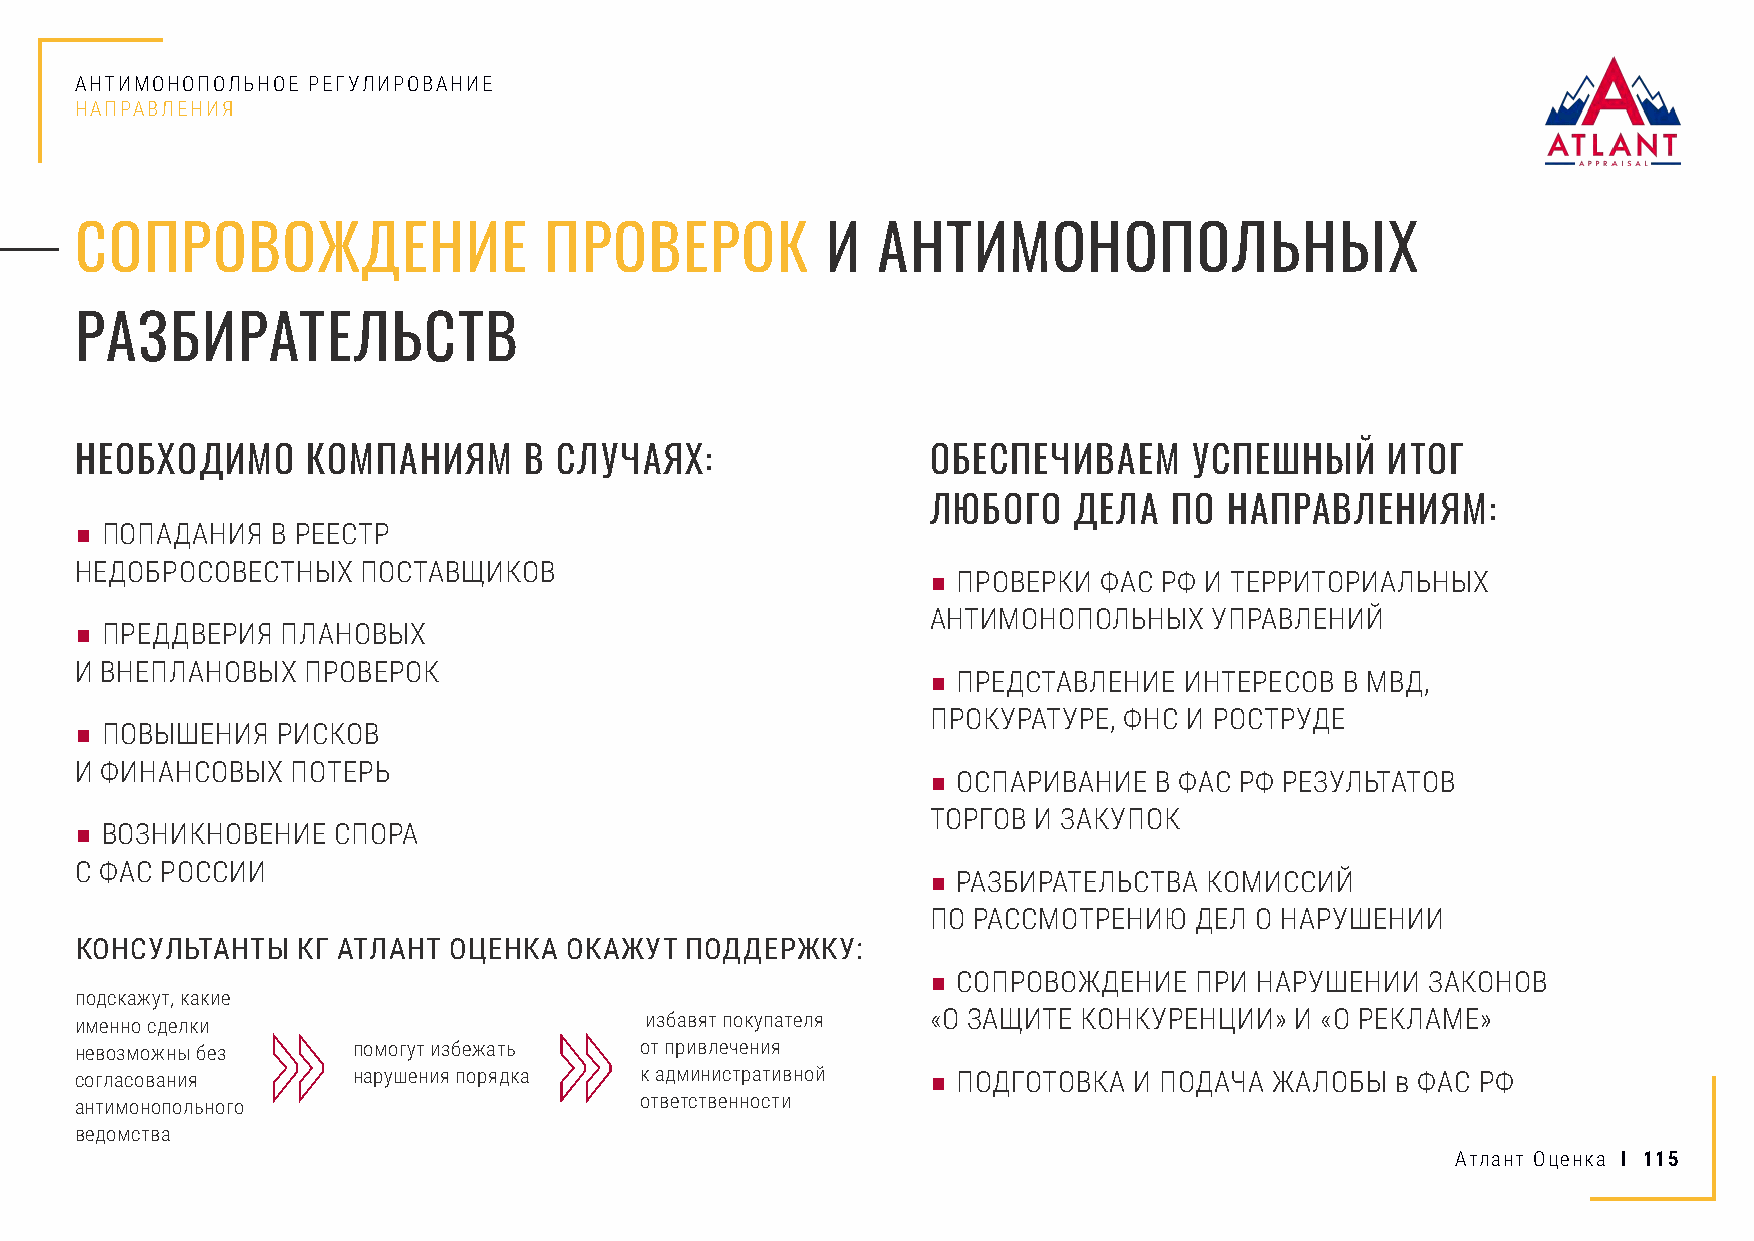
АНТИМОНОПОЛЬНОЕ РЕГУЛИРОВАНИЕ
 НАПРАВЛЕНИЯ
 СОПРОВОЖДЕНИЕ                  ПРОВЕРОК           И  АНТИМОНОПОЛЬНЬIХ
 РАЗБИРАТЕЛЬСТВ
 НЕОБХОДИМО     КОМПАНИЯМ      В СЛУЧАЯХ:                 ОБЕСПЕЧИВАЕМ     УСПЕШНЫЙ     ИТОГ
 ЛЮБОГО   ДЕЛА   ПО НАПРАВЛЕНИЯМ:
 ■ ПОПАДАНИЯ  В РЕЕСТР
 НЕДОБРОСОВЕСТНЫХ   ПОСТАВЩИКОВ
 ■ ПРОВЕРКИ ФАС РФ И ТЕРРИТОРИАЛЬНЫХ
 АНТИМОНОПОЛЬНЫХ   УПРАВЛЕНИЙ
 ■ ПРЕДДВЕРИЯ  ПЛАНОВЫХ
 И ВНЕПЛАНОВЫХ  ПРОВЕРОК
 ■ ПРЕДСТАВЛЕНИЕ ИНТЕРЕСОВ  В МВД,
 ПРОКУРАТУРЕ, ФНС И РОСТРУДЕ
 ■ ПОВЫШЕНИЯ  РИСКОВ
 И ФИНАНСОВЫХ  ПОТЕРЬ
 ■ ОСПАРИВАНИЕ В ФАС РФ РЕЗУЛЬТАТОВ
 ТОРГОВ И ЗАКУПОК
 ■ ВОЗНИКНОВЕНИЕ  СПОРА
 С ФАС РОССИИ
 ■ РАЗБИРАТЕЛЬСТВА КОМИССИЙ
 ПО РАССМОТРЕНИЮ  ДЕЛ О НАРУШЕНИИ
 КОНСУЛЬТАНТЫ   КГ АТЛАНТ ОЦЕНКА ОКАЖУТ  ПОДДЕРЖКУ:
 ■ СОПРОВОЖДЕНИЕ  ПРИ НАРУШЕНИИ   ЗАКОНОВ
 подскажут, какие
 именно сделки                         избавят покупателя «О ЗАЩИТЕ КОНКУРЕНЦИИ»  И «О РЕКЛАМЕ»
 невозможны без    помогут избежать   от привлечения
 согласования      нарушения порядка  к административной  ■ ПОДГОТОВКА И ПОДАЧА ЖАЛОБЫ  в ФАС РФ
 антимонопольного                     ответственности
 ведомства
 Атлант Оценка I 115